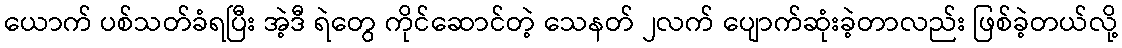
ယောက် ပစ်သတ်ခံရပြီး အဲ့ဒီ ရဲတွေ ကိုင်ဆောင်တဲ့ သေနတ် ၂လက် ပျောက်ဆုံးခဲ့တာလည်း ဖြစ်ခဲ့တယ်လို့